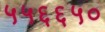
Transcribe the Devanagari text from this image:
५५६६५०